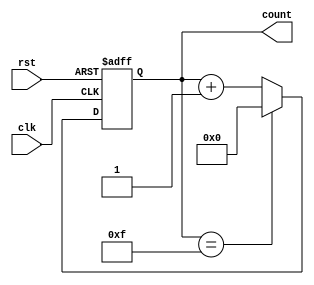
module counter(
  input clk,
  input rst,
  output reg [3:0] count
);

parameter WIDTH = 4;

// Counter logic
always @(posedge clk or posedge rst) begin
  if (rst) begin
    count <= 4'b0000;
  end else begin
    if (count == (2**WIDTH - 1)) begin
      count <= 4'b0000;
    end else begin
      count <= count + 1;
    end
  end
end

endmodule